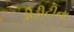
ડીડીટીના